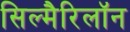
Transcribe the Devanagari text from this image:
सिल्मैरिलॉन